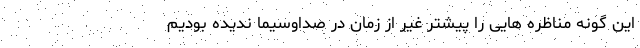
این گونه مناظره هایی را پیشتر غیر از زمان در صداوسیما ندیده بودیم